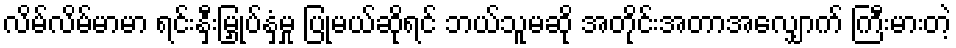
လိမ်လိမ်မာမာ ရင်းနှီးမြှုပ်နှံမှု ပြုမယ်ဆိုရင် ဘယ်သူမဆို အတိုင်းအတာအလျှောက် ကြီးမားတဲ့